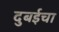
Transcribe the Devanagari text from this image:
दुबईचा